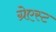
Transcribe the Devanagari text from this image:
ग्रेएस्ट